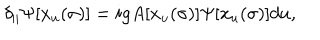
\delta _ { \parallel } \Psi [ x _ { u } ( \sigma ) ] = i g A [ x _ { u } ( \sigma ) ] \Psi [ x _ { u } ( \sigma ) ] d u ,